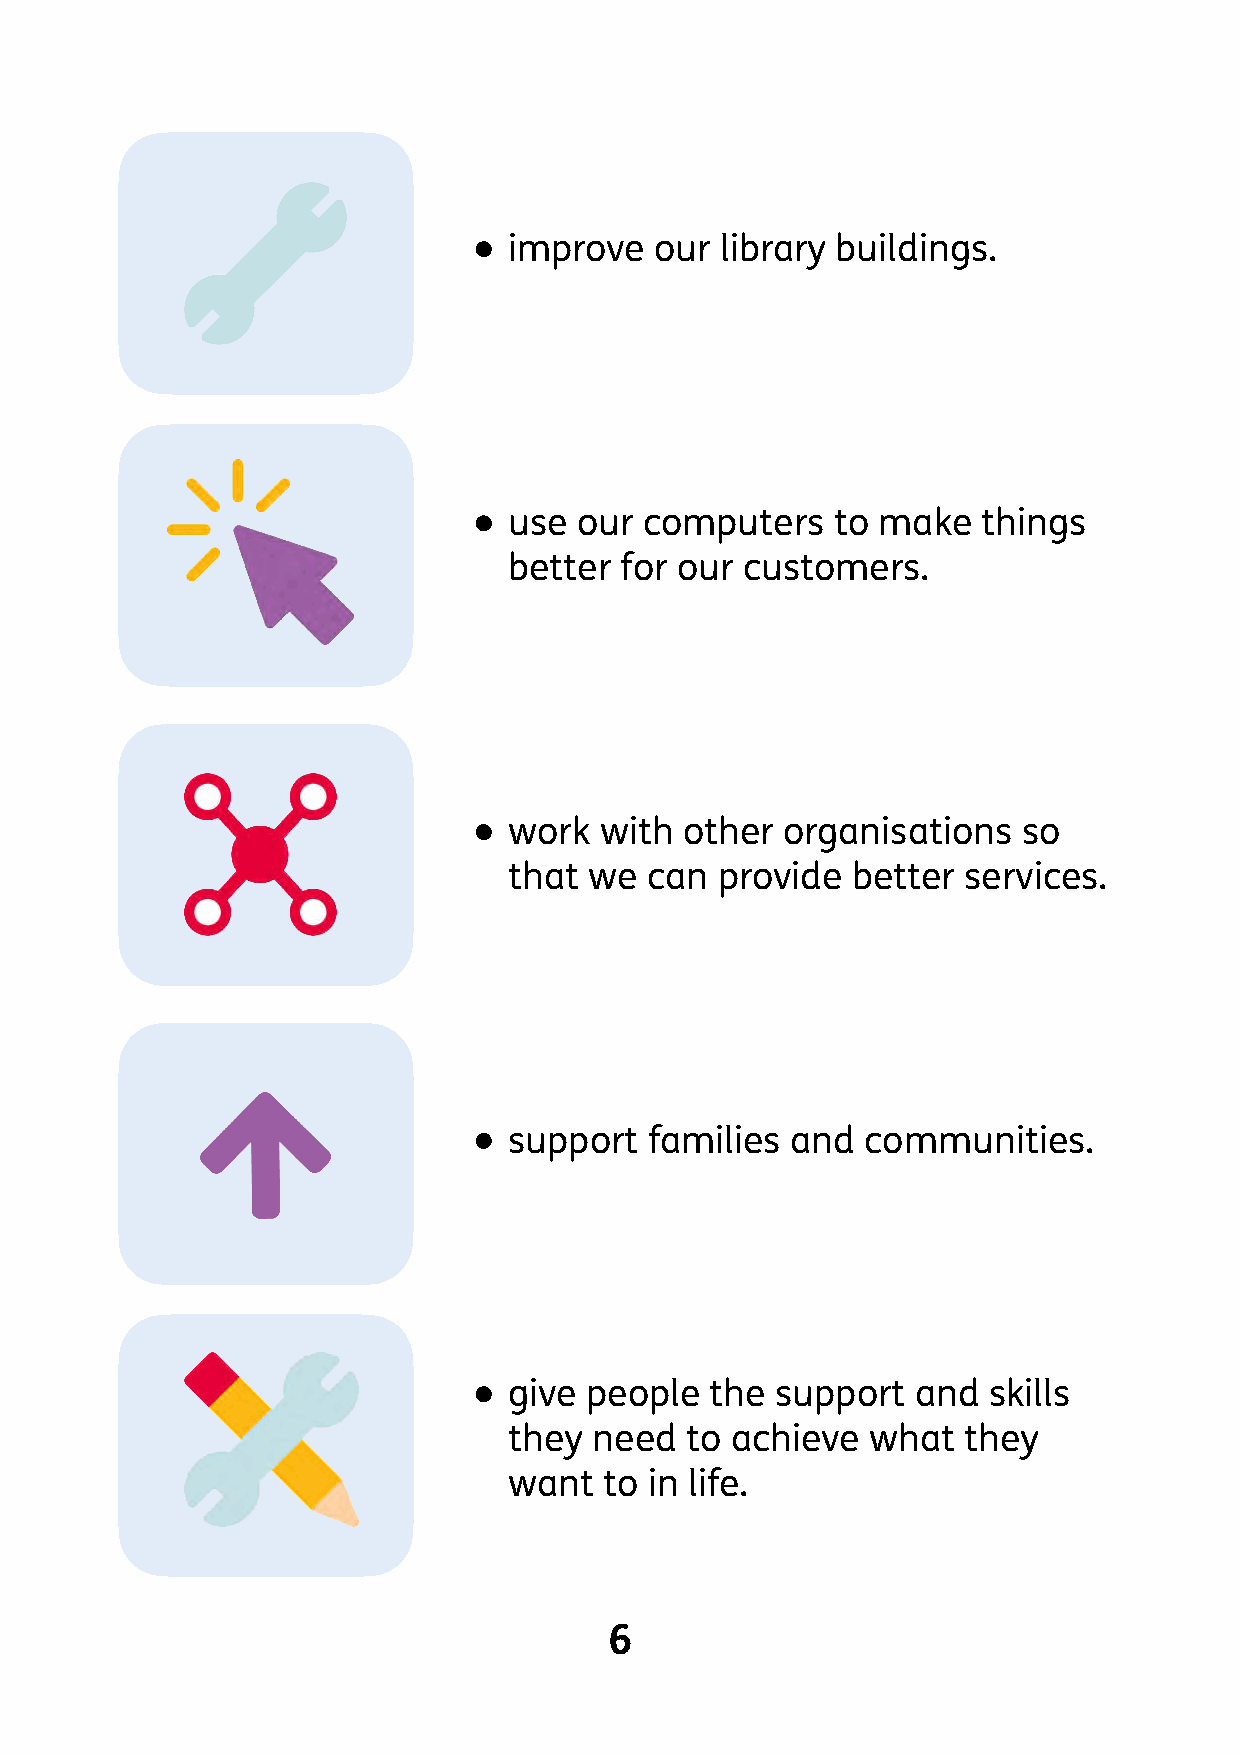
•
 improve  our  library buildings.
 •
 use our  computers   to make   things
 better for our customers.
 •
 work  with other  organisations   so
 that we  can provide  better  services.
 •
 support  families and  communities.
 •
 give people  the support   and skills
 they need  to achieve  what   they
 want  to in life.
 6